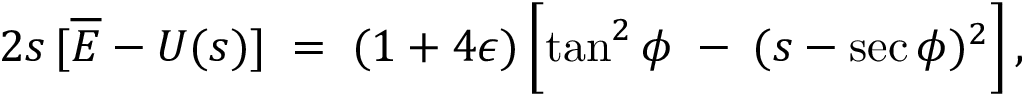
2 s \, [ \overline { { \cal E } } - U ( s ) ] \; = \; ( 1 + 4 \epsilon ) \left[ \tan ^ { 2 } \phi \; - \frac { } { } ( s - \sec \phi ) ^ { 2 } \right] ,